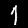
Label: 1